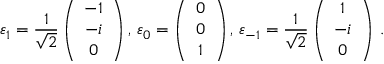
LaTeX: \varepsilon _ { 1 } = \frac { 1 } { \sqrt { 2 } } \left( \begin{array} { c } { { - 1 } } \\ { { - i } } \\ { { 0 } } \end{array} \right) , \, \varepsilon _ { 0 } = \left( \begin{array} { c } { { 0 } } \\ { { 0 } } \\ { { 1 } } \end{array} \right) , \, \varepsilon _ { - 1 } = \frac { 1 } { \sqrt { 2 } } \left( \begin{array} { c } { { 1 } } \\ { { - i } } \\ { { 0 } } \end{array} \right) \, .